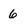
Character: 6